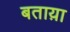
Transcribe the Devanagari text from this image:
बताय़ा